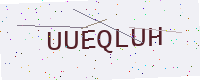
Text: UUEQLUH